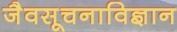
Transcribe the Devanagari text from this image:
जैवसूचनाविज्ञान